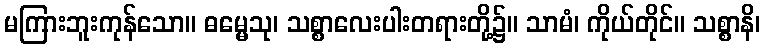
မကြားဘူးကုန်သော။ ဓမ္မေသု၊ သစ္စာလေးပါးတရားတို့၌။ သာမံ၊ ကိုယ်တိုင်။ သစ္စာနိ၊